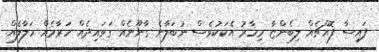
ފައިސާ ފޮއްޗެއް ލިބެންޏާ މިހާރު އެކަކުވެސް ނުބަލާނެ ގާނޫނެއް ގަވައިދެއް ހަރާމެއް ހަލާލެއް.